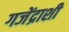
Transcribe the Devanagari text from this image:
गजेंद्राशी